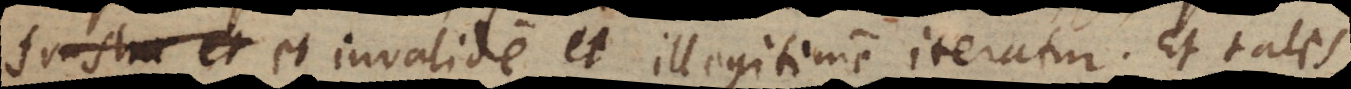
frustra et et invalide et illegitime iteratur. Et tales